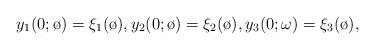
LaTeX: \begin{align*}y_1(0;\o) = \xi_1(\o), y_2(0;\o) = \xi_2(\o),y_3(0;\omega)=\xi_3(\o),\end{align*}